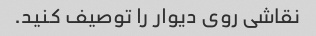
نقاشی روی دیوار را توصیف کنید.